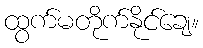
ထွက်မတိုက်နိုင်ချေ။